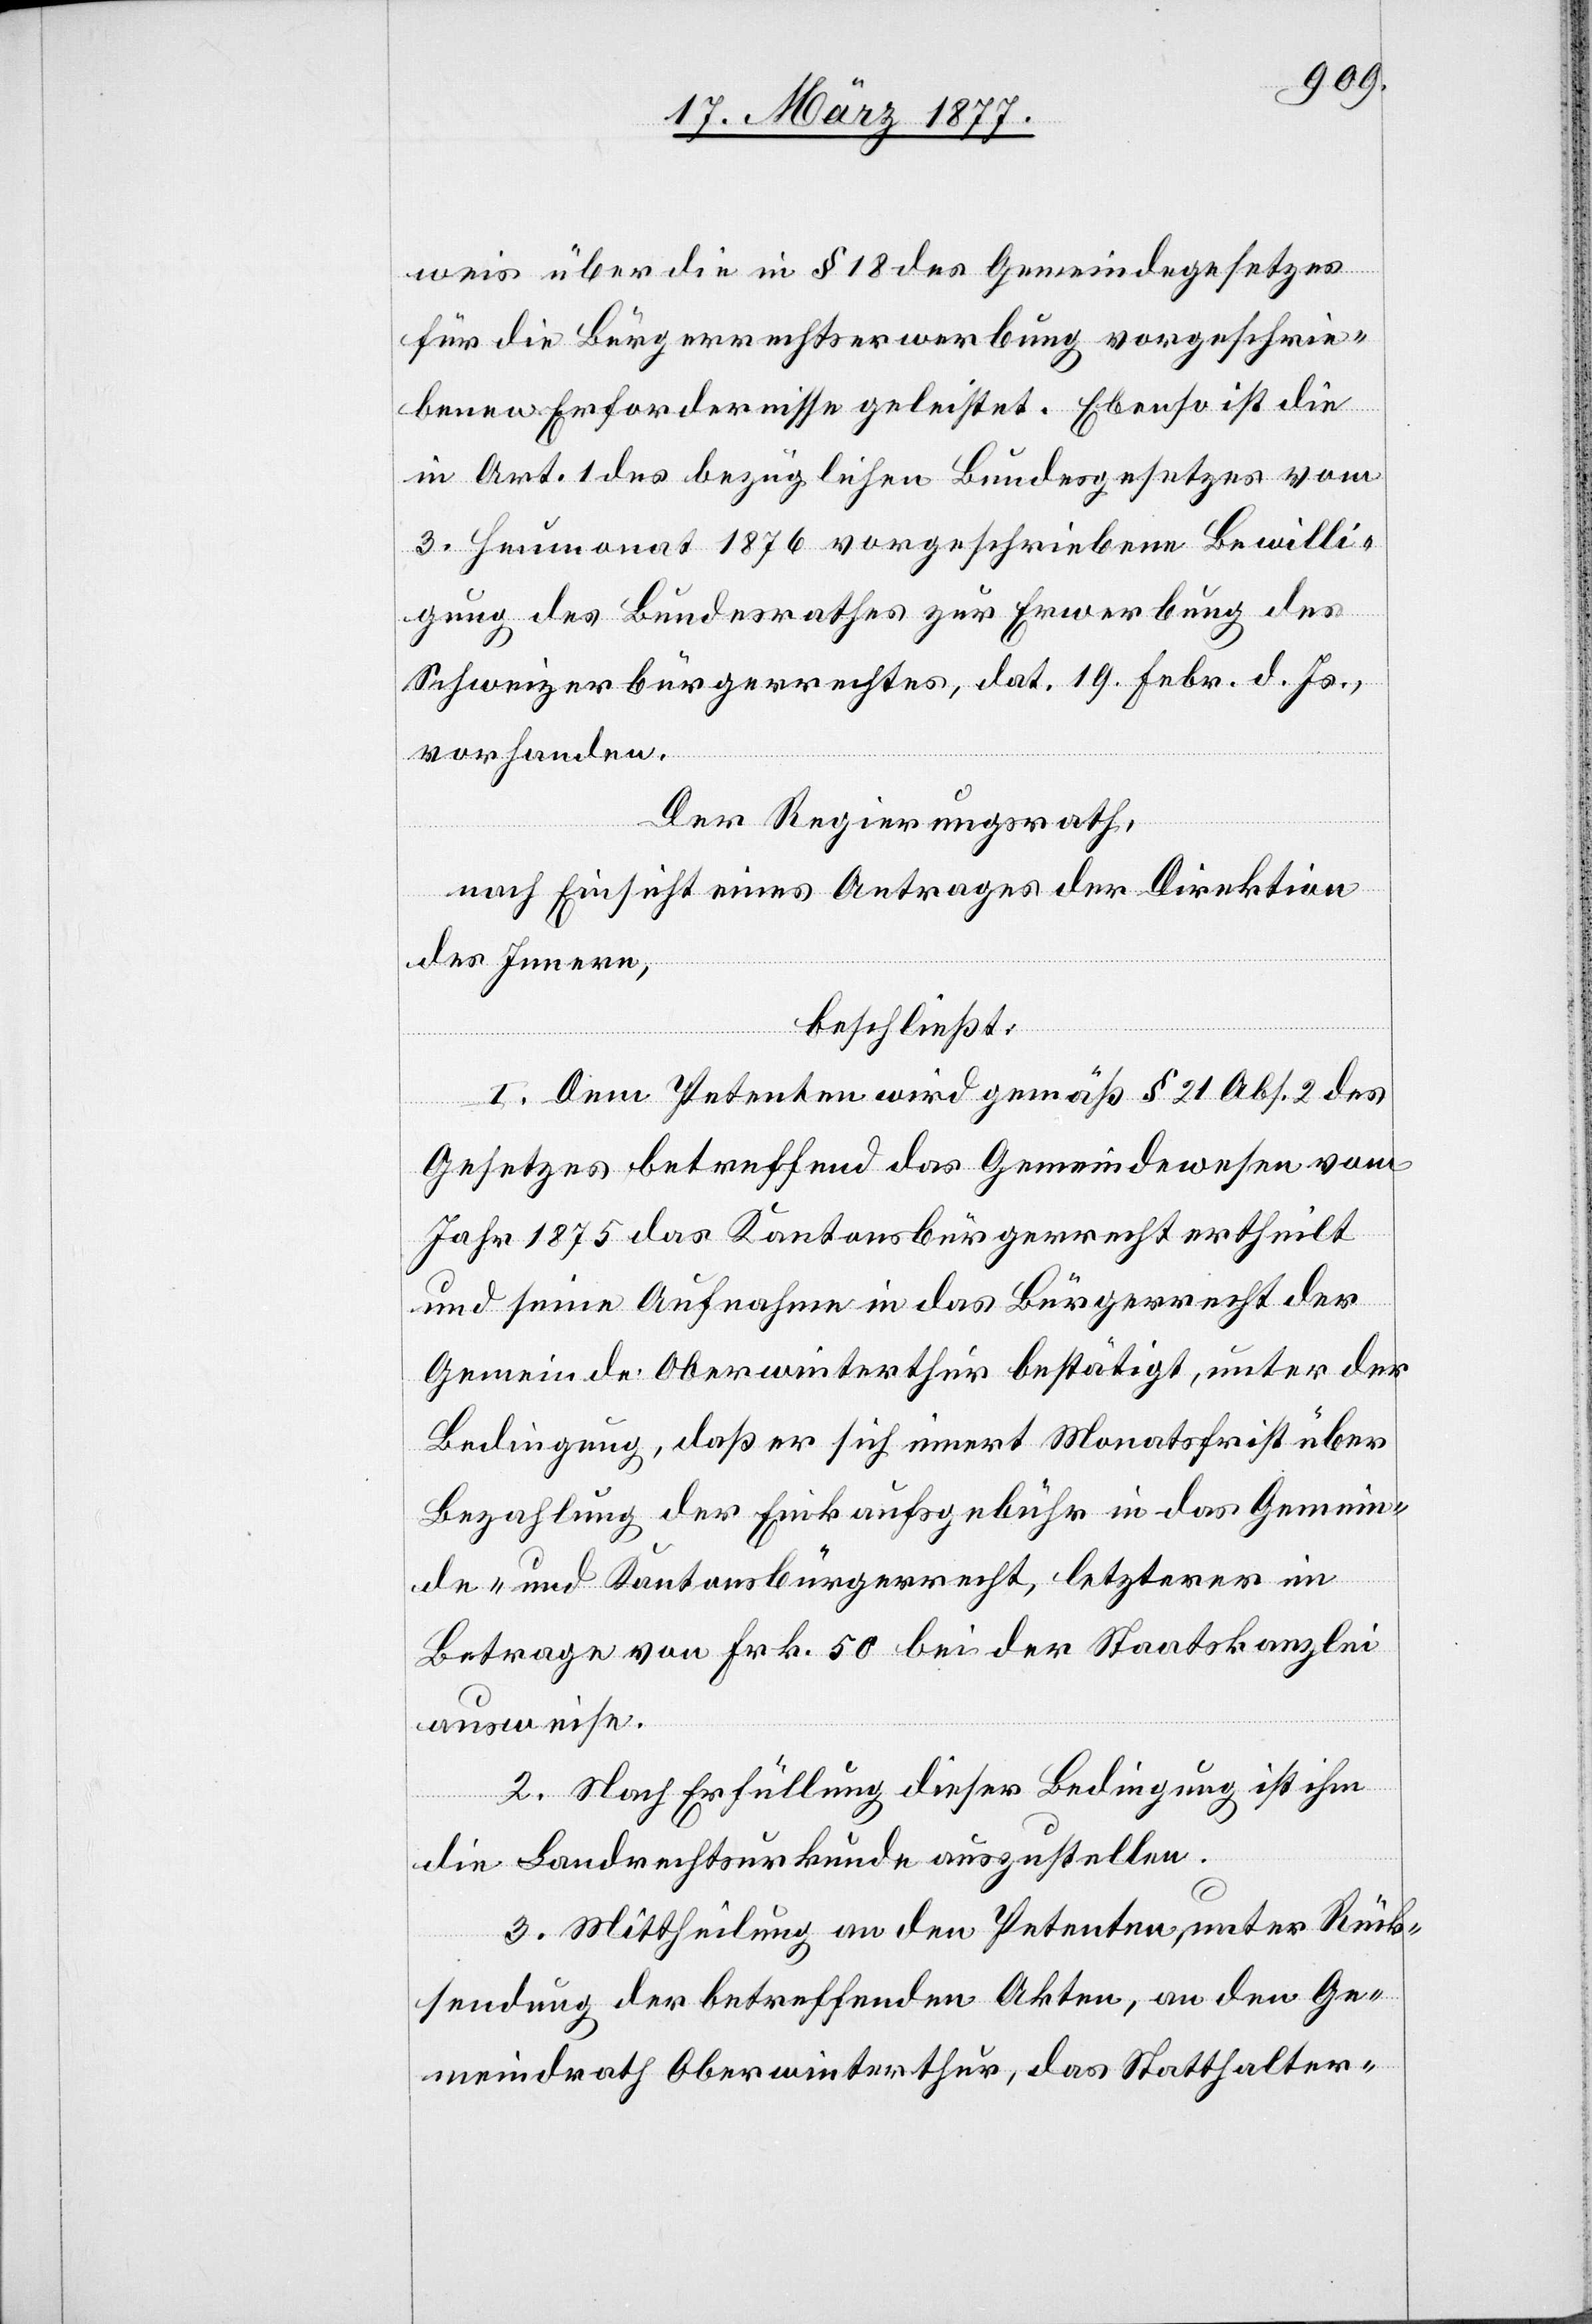
weis über die in § 18 des Gemeindegesetzes
für die Bürgerrechtserwerbung vorgeschrie¬
benen Erfordernisse geleistet. Ebenso ist die
in Art. 1 des bezüglichen Bundesgesetzes vom
3. Heumonat 1876 vorgeschriebene Bewilli¬
gung des Bundesrathes zur Erwerbung des
Schweizerbürgerrechtes, dat. 19. Febr. d. Js.,
vorhanden.
Der Regierungsrath,
nach Einsicht eines Antrages der Direktion
des Innern,
beschließt:
1. Dem Petenten wird gemäß § 21 Abs. 2 des
Gesetzes betreffend das Gemeindewesen vom
Jahr 1875 das Kantonsbürgerrecht ertheilt
und seine Aufnahme in das Bürgerrecht der
Gemeinde Oberwinterthur bestätigt, unter der
Bedingung, daß er sich innert Monatsfrist über
Bezahlung der Einkaufsgebühr in das Gemein¬
de- und Kantonsbürgerrecht, letzterer im
Betrage von Frk. 50 bei der Staatskanzlei
ausweise.
2. Nach Erfüllung dieser Bedingung ist ihm
die Landrechtsurkunde auszustellen.
3. Mittheilung an den Petenten, unter Rück¬
sendung der betreffenden Akten, an den Ge¬
meindrath Oberwinterthur, das Statthalter-